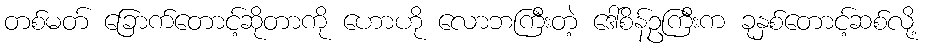
တစ်မတ် ခြောက်တောင့်ဆိုတာကို ဟောဟို လောဘကြီးတဲ့ ဒေါ်စိန်ဥကြီးက ခုနှစ်တောင့်ဆစ်လို့